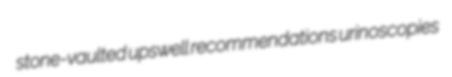
stone-vaulted upswell recommendations urinoscopies